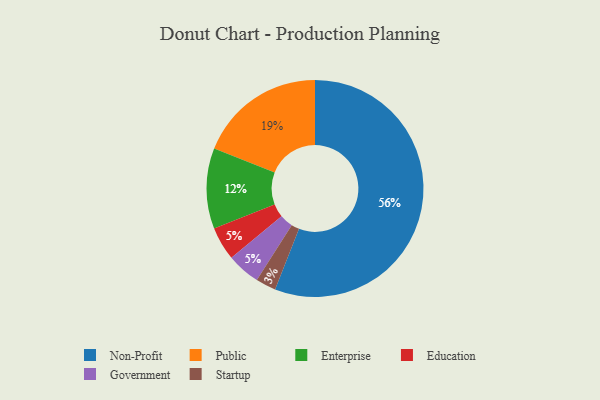
{"axis": {"x": "Category", "y": "Percentage"}, "legend": ["Education", "Enterprise", "Government", "Non-Profit", "Public", "Startup"], "data": [{"x": "Non-Profit", "y": 56, "type": "Non-Profit"}, {"x": "Public", "y": 19, "type": "Public"}, {"x": "Education", "y": 5, "type": "Education"}, {"x": "Startup", "y": 3, "type": "Startup"}, {"x": "Government", "y": 5, "type": "Government"}, {"x": "Enterprise", "y": 12, "type": "Enterprise"}]}